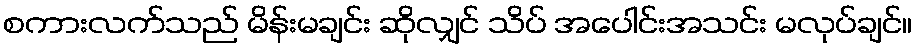
စကားလက်သည် မိန်းမချင်း ဆိုလျှင် သိပ် အပေါင်းအသင်း မလုပ်ချင်။